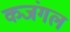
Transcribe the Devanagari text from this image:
कजंगल